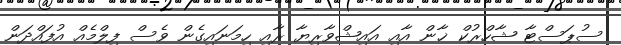
ސުޕަސްޓާ ޝާހްރުކް ޚާން އާއި އައިޝްވާރިޔާ ރާއި ހިމަނައިގެން ވެސް ފިލްމެއް އުފައްދަން